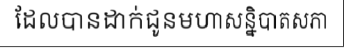
ដែលបានដាក់ជូនមហាសន្និបាតសភា